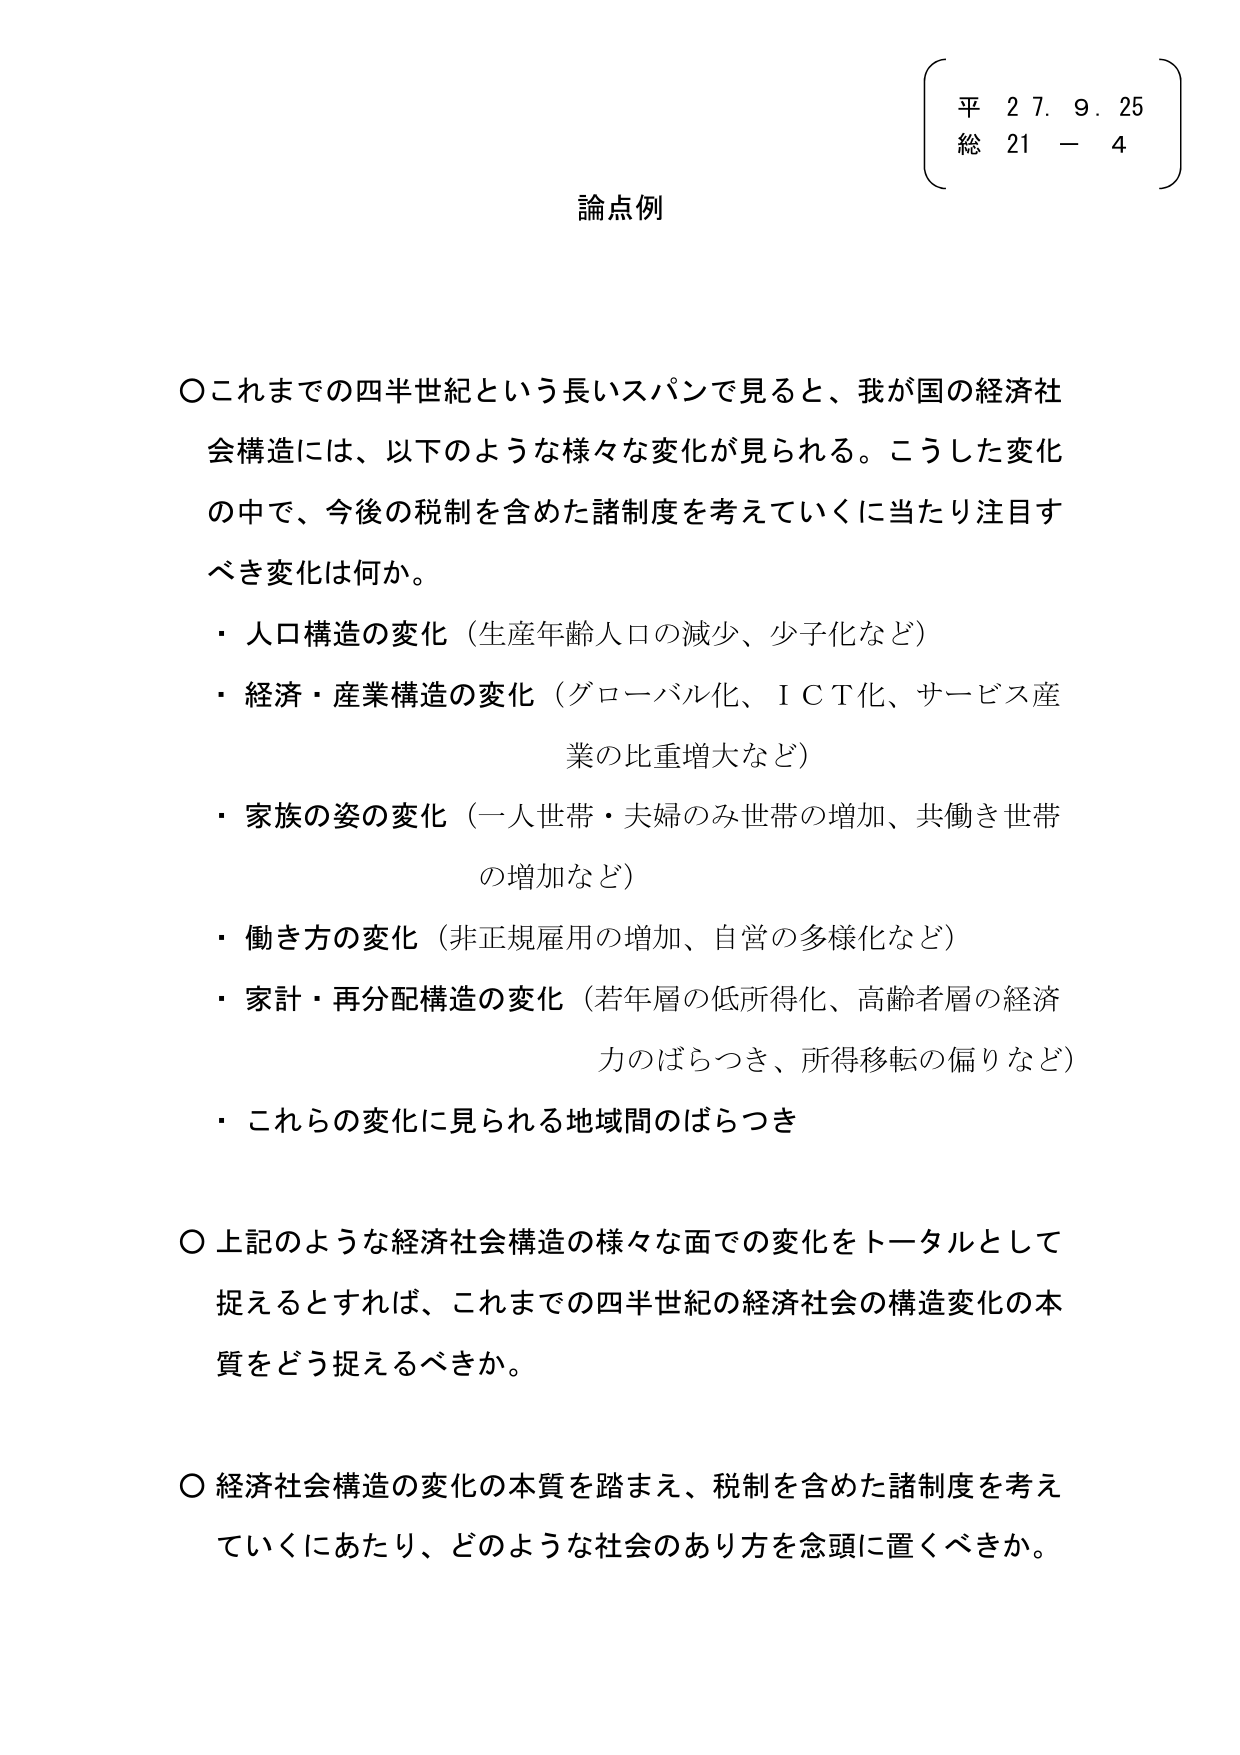
平 27. 9. 25
総 21 - 4

論点例

〇これまでの四半世紀という長いスパンで見ると、我が国の経済社会構造には、以下のような様々な変化が見られる。こうした変化の中で、今後の税制を含めた諸制度を考えていくに当たり注目すべき変化は何か。
・人口構造の変化（生産年齢人口の減少、少子化など）
・経済・産業構造の変化（グローバル化、ＩＣＴ化、サービス産業の比重増大など）
・家族の姿の変化（一人世帯・夫婦のみ世帯の増加、共働き世帯の増加など）
・働き方の変化（非正規雇用の増加、自営の多様化など）
・家計・再分配構造の変化（若年層の低所得化、高齢者層の経済力のばらつき、所得移転の偏りなど）
・これらの変化に見られる地域間のばらつき

〇上記のような経済社会構造の様々な面での変化をトータルとして捉えるとすれば、これまでの四半世紀の経済社会の構造変化の本質をどう捉えるべきか。

〇経済社会構造の変化の本質を踏まえ、税制を含めた諸制度を考えていくにあたり、どのような社会のあり方を念頭に置くべきか。